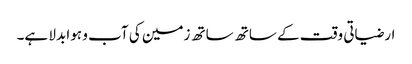
ارضیاتی وقت کے ساتھ ساتھ زمین کی آب و ہوا بدلا ہے۔